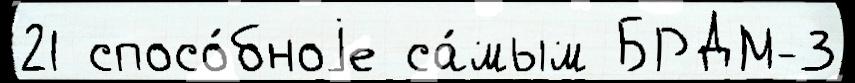
21 спосо́бноjе са́мым БРДМ-3